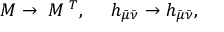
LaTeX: { \cal M } \to { \bf \Omega } { \cal M } { \bf \Omega } ^ { T } , \ \ \ \ h _ { \bar { \mu } \bar { \nu } } \to h _ { \bar { \mu } \bar { \nu } } ,